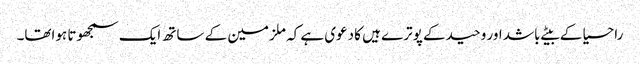
راحسیا کے بیٹے باشد اور وحید کے پوترے ہیں کا دعوی ہے کہ ملزمین کے ساتھ ایک سمجھوتا ہواتھا۔